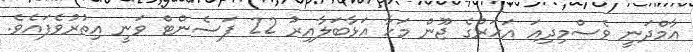
އާމްދަނީ ވެސްމިދިއަ އަހަރުގެ ޖޫން މަހާ އަޅާބަލާއިރު 22 ޕަސެންޓް ވަނީ އިތުރުވެފައެވެ.